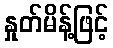
နှုတ်မိန့်ဖြင့်